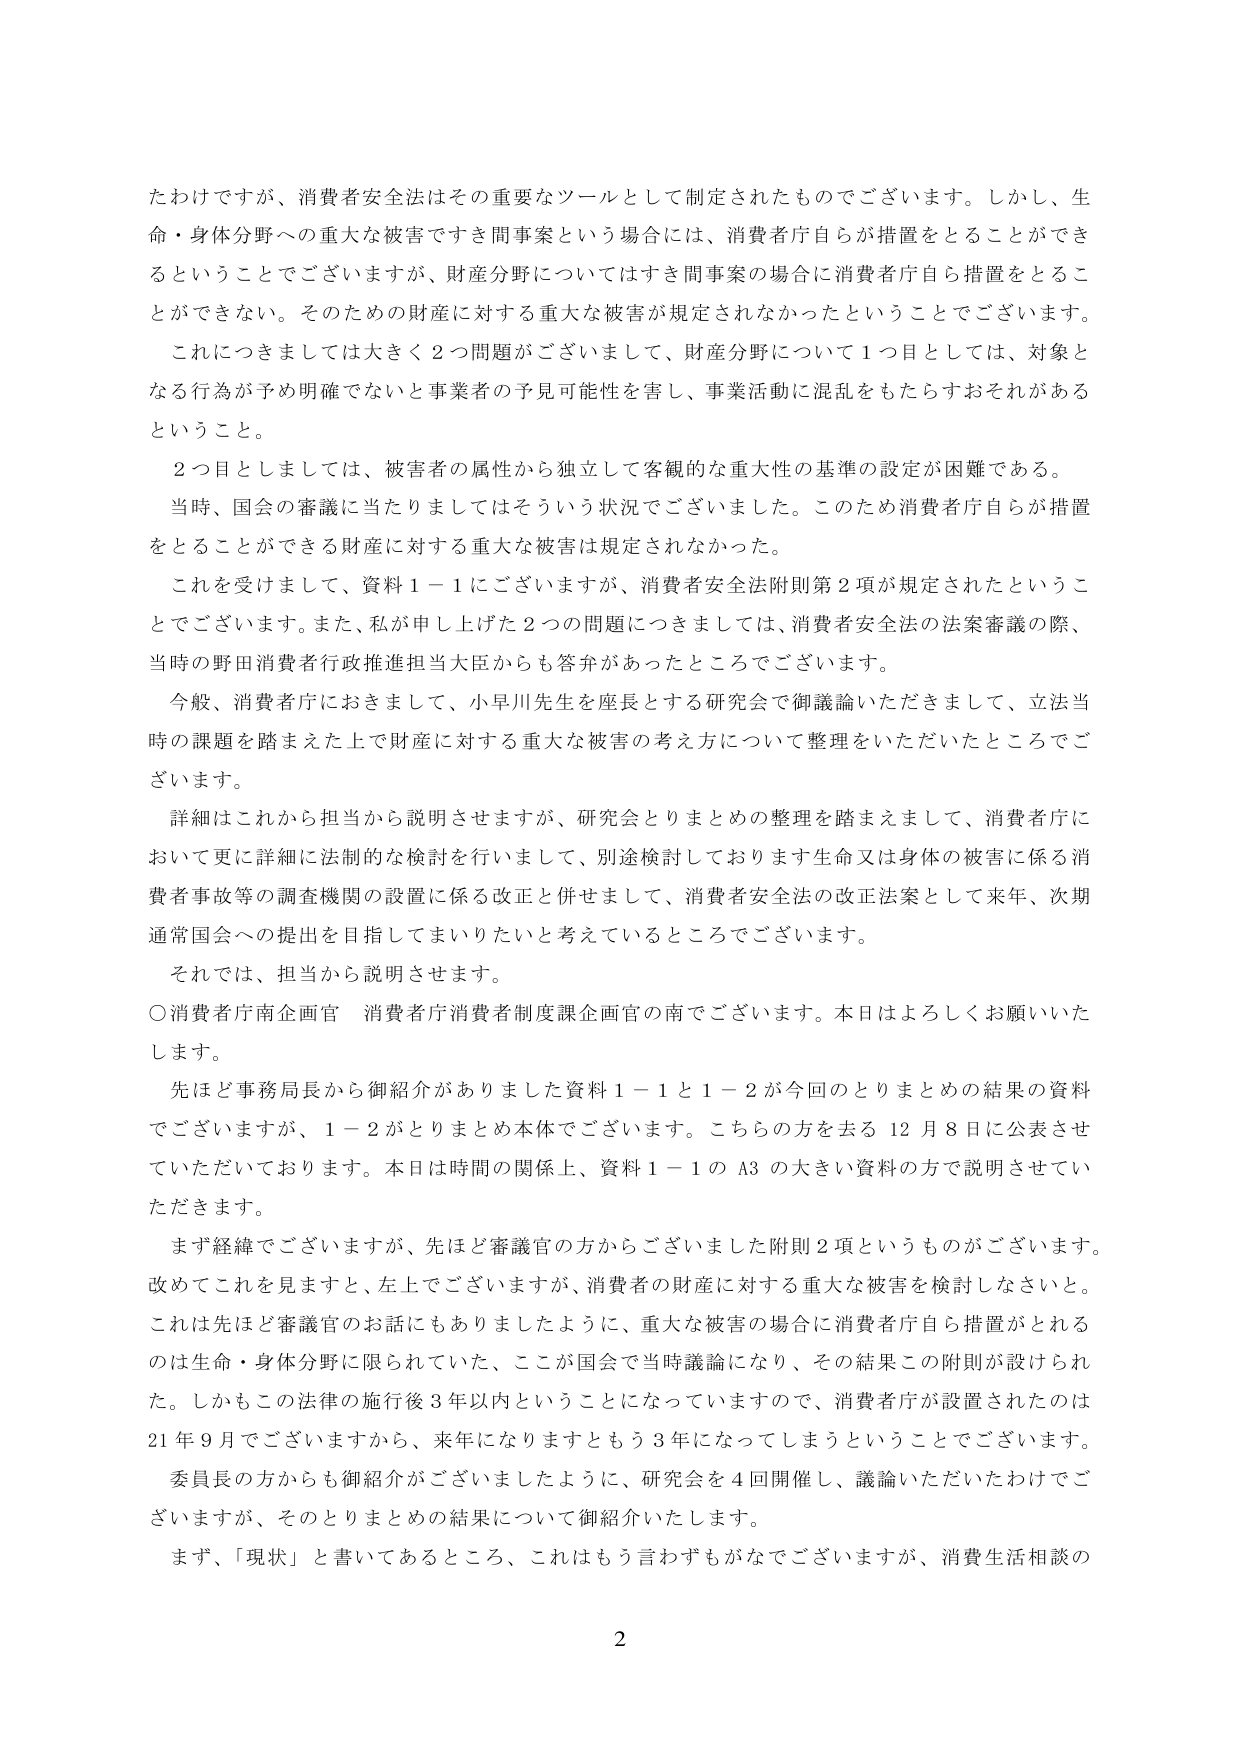
たわけですが、消費者安全法はその重要なツールとして制定されたものでございます。しかし、生命・身体分野への重大な被害ですき間事案という場合には、消費者庁自らが措置をとることができるとということでございますが、財産分野についてはすき間事案の場合に消費者庁自ら措置をとることができない。そのための財産に対する重大な被害が規定されなかったということでございます。

これにつきましては大きく２つ問題がございまして、財産分野について１つ目としては、対象となる行為が予め明確でないと事業者の予見可能性を害し、事業活動に混乱をもたらすおそれがあるということ。

２つ目としましては、被害者の属性から独立して客観的な重大性の基準の設定が困難である。

当時、国会の審議に当たりましてはそういう状況でございました。このため消費者庁自らが措置をとることができる財産に対する重大な被害は規定されなかった。

これを受けまして、資料１－１にございますが、消費者安全法附則第２項が規定されたということでございます。また、私が申し上げた２つの問題につきましては、消費者安全法の法案審議の際、当時の野田消費者行政推進担当大臣からも答弁があったところでございます。

今般、消費者庁におきまして、小早川先生を座長とする研究会で御議論いただきまして、立法当時の課題を踏まえた上で財産に対する重大な被害の考え方について整理をいただいたところでございます。

詳細はこれから担当から説明させますが、研究会とりまとめの整理を踏まえまして、消費者庁において更に詳細に法制的な検討を行いまして、別途検討しております生命又は身体の被害に係る消費者事故等の調査機関の設置に係る改正と併せまして、消費者安全法の改正法案として来年、次期通常国会への提出を目指してまいりたいと考えているところでございます。

それでは、担当から説明させます。

〇消費者庁南企画官 消費者庁消費者制度課企画官の南でございます。本日はよろしくお願いいたします。

先ほど事務局長から御紹介がありました資料１－１と１－２が今回のとりまとめの結果の資料でございますが、１－２がとりまとめ本体でございます。こちらの方を去る12月8日に公表させていただいております。本日は時間の関係上、資料１－１のA3の大きい資料の方で説明させていただきます。

まず経緯でございますが、先ほど審議官の方からございました附則２項というものがございます。改めてこれを見ますと、左上でございますが、消費者の財産に対する重大な被害を検討しなさいと。これは先ほど審議官のお話にもありましたように、重大な被害の場合に消費者庁自ら措置がとれるのは生命・身体分野に限られていた、ここが国会で当時議論になり、その結果この附則が設けられた。しかもこの法律の施行後3年以内ということになっていますので、消費者庁が設置されたのは21年9月でございますから、来年になりますともう3年になってしまうということでございます。

委員長の方からも御紹介ございましたように、研究会を4回開催し、議論いただいたわけでございますが、そのとりまとめの結果について御紹介いたします。

まず、「現状」と書いてあるところ、これはもう言わずもがなでございますが、消費生活相談の

2